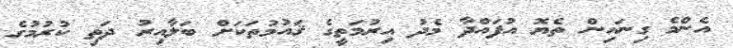
އެންމެ ގިނައިން ތެޔޮ އުފައްދާ މެދު އިރުމަތީގެ ޤައުމުތަކަށް ބަލާއިރު ދަތި ކުރުމުގެ